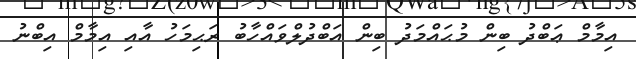
އިމާމް ޢަބްދު ބިން މުޙައްމަދު ބިން އަބްދުލްވައްހާބު ރަޙިމަހު އާއި އިމާމް އިބްނު